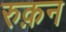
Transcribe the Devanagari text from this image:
रुक़न